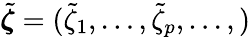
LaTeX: \tilde{\boldsymbol{\zeta}}=(\tilde{\zeta}_{1},\dots,\tilde{\zeta}_{p},\dots,)